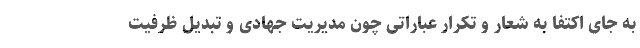
به جای اکتفا به شعار و تکرار عباراتی چون مدیریت جهادی و تبدیل ظرفیت